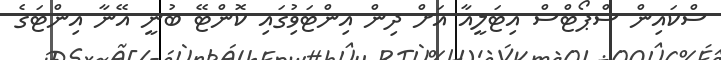
ސްކައިން ސްޕޯޓްސް އިޓަލީއާ އަށް ދިން އިންޓަވިުގައި ކޮންޓޭ ބުނީ އޭނާ އިންޓަގެ